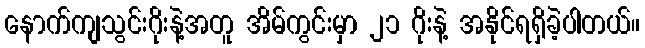
နောက်ကျသွင်းဂိုးနဲ့အတူ အိမ်ကွင်းမှာ ၂၁ ဂိုးနဲ့ အနိုင်ရရှိခဲ့ပါတယ်။